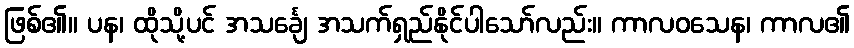
ဖြစ်၏။ ပန၊ ထိုသို့ပင် အသင်္ချေ အသက်ရှည်နိုင်ပါသော်လည်း။ ကာလဝသေန၊ ကာလ၏